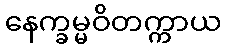
နေက္ခမ္မဝိတက္ကာယ